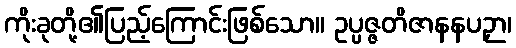
ကိုးခုတို့၏ပြည့်ကြောင်းဖြစ်သော။ ဥပ္ပဇ္ဇတိဇာနနပဉှာ၊